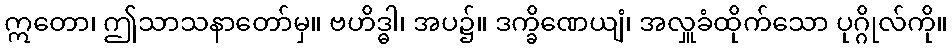
ဣတော၊ ဤသာသနာတော်မှ။ ဗဟိဒ္ဓါ၊ အပ၌။ ဒက္ခိဏေယျံ၊ အလှူခံထိုက်သော ပုဂ္ဂိုလ်ကို။